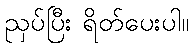
ညှပ်ပြီး ရိတ်ပေးပါ။